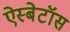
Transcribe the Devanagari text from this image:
ऐस्बेटॉस